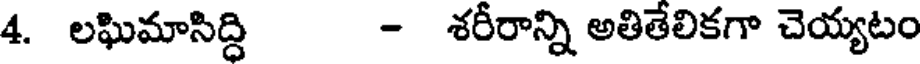
4. లఘిమాసిద్ది - శరీరాన్ని అతితేలికగా చెయ్యటం